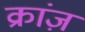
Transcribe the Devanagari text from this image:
क्रांज़